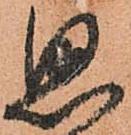
思